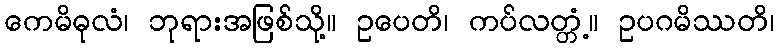
ကေမိဓုလံ၊ ဘုရားအဖြစ်သို့။ ဥပေတိ၊ ကပ်လတ္တံ့။ ဥပဂမိဿတိ၊